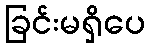
ခြင်းမရှိပေ